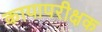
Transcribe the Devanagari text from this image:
कायापरीक्षक